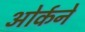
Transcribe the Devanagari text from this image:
ओर्कने